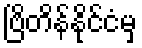
ဗြိတိန်နိုင်ငံမှ